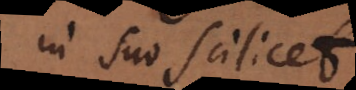
in suo scilicet